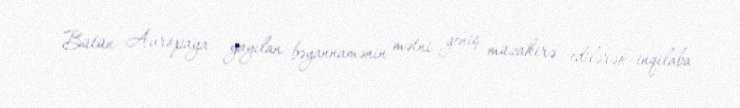
Bütün Avropaya yayılan bəyannamənin mətni geniş müzakirə edilərək inqilaba